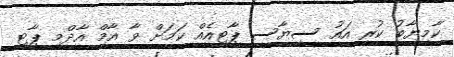
ކާމިޔާބު ކުރީ އައު ސިޔާސީ ޕާޓީއެއް ކަމަށް ވާ އާމް އާދްމީ ޕާޓީ